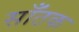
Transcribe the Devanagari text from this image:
साँठक